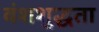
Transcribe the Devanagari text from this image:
वंशशुद्धता